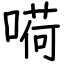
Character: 嗬